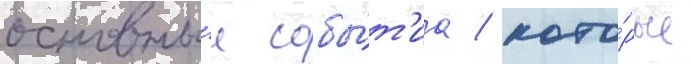
основны́е собы́т'иа / кото́рые